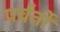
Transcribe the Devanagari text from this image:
पर्वर्तों